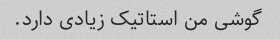
گوشی من استاتیک زیادی دارد.